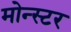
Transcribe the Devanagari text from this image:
मोन्स्टर